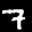
Label: 7